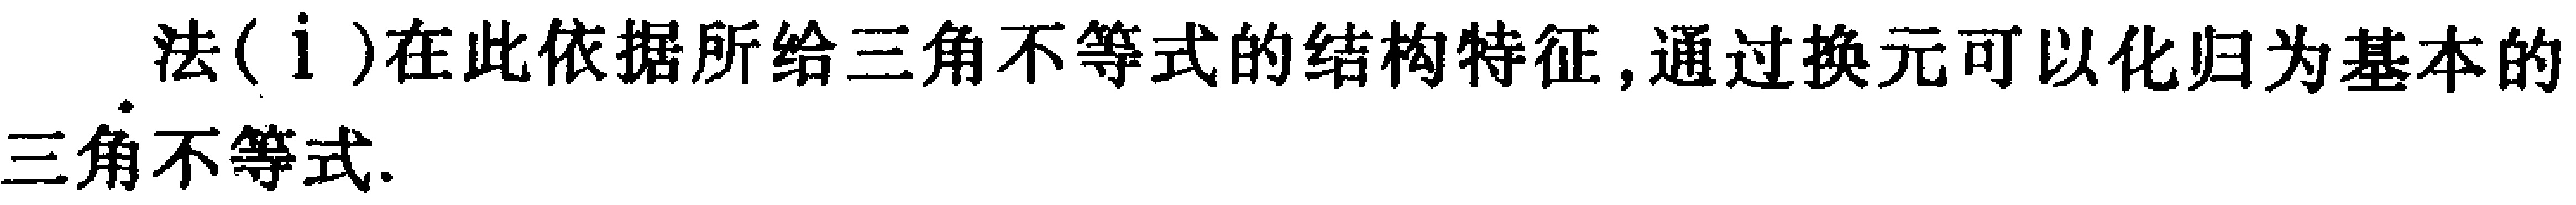
法(\mathrm{i})在此依据所给三角不等式的结构特征, 通过换元可以化归为基本的三角不等式.